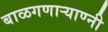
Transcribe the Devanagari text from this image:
बाळगणार्‍याण्नी